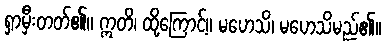
ရှာမှီးတတ်၏။ ဣတိ၊ ထို့ကြောင့်။ မဟေသိ၊ မဟေသိမည်၏။